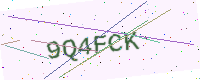
Text: 9Q4FCK